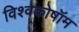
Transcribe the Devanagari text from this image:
विश्वकोषॉम